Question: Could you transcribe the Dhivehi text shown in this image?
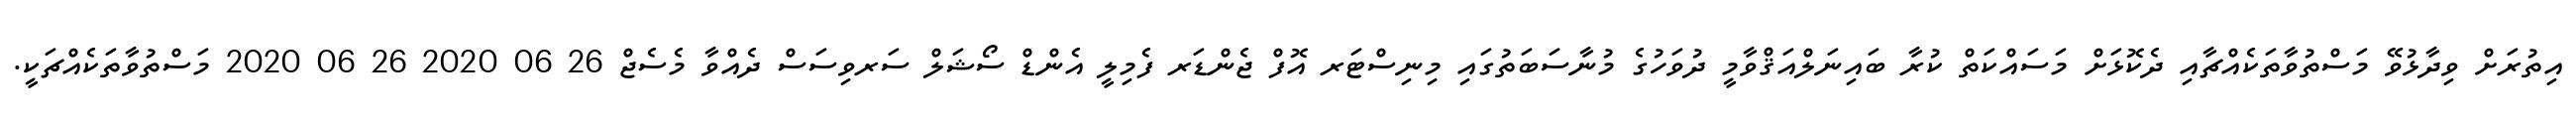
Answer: އިތުރަށް ވިދާޅުވޭ މަސްތުވާތަކެއްޗާއި ދެކޮޅަށް މަސައްކަތް ކުރާ ބައިނަލްއަޤްވާމީ ދުވަހުގެ މުނާސަބަތުގައި މިނިސްޓަރ އޮފް ޖެންޑަރ ފެމިލީ އެންޑް ސޯޝަލް ސަރވިސަސް ދެއްވާ މެސެޖް 26 06 2020 26 06 2020 މަސްތުވާތަކެއްޗަކީ.